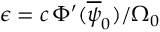
\epsilon = c \, \Phi ^ { \prime } ( \overline { { \psi } } _ { 0 } ) / \Omega _ { 0 }